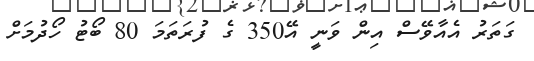
ގަތަރު އެއާވޭސް އިން ވަނީ އޭ350 ގެ ފުރަތަމަ 80 ބޯޓު ހޯދުމަށް